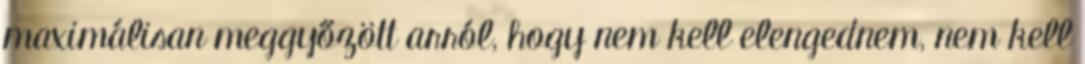
maximálisan meggyőzött arról, hogy nem kell elengednem, nem kell